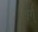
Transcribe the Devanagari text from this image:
गर्ग्